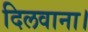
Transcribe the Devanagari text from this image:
दिलवाना।